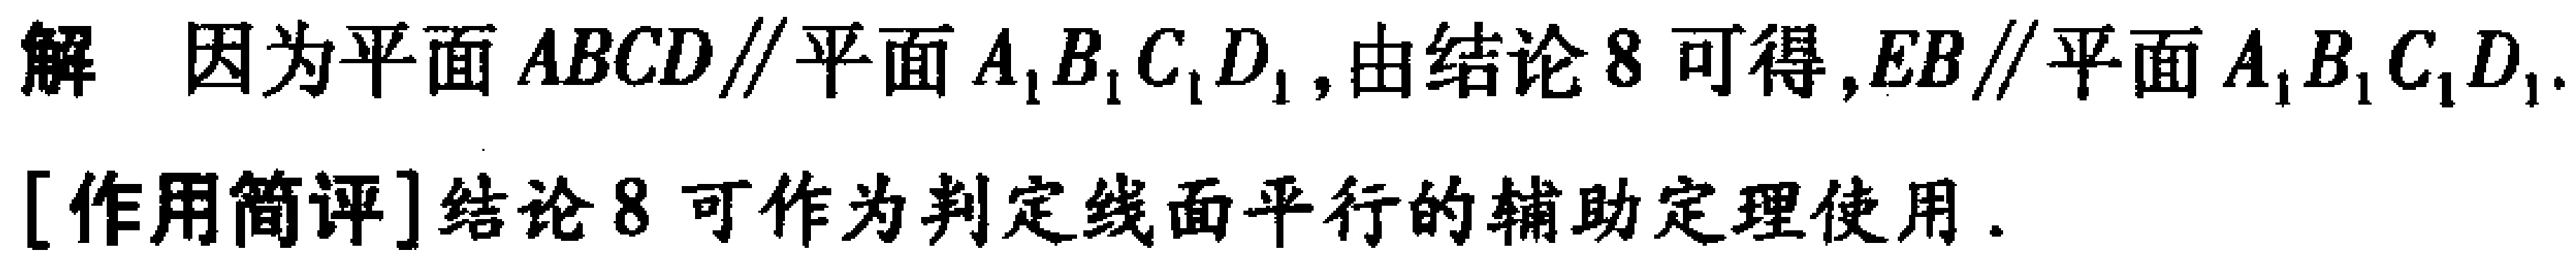
解 因为平面 \(ABCD\parallel\)平面 \(A_{1}B_{1}C_{1}D_{1}\), 由结论8可得, \(EB\parallel\)平面 \(A_{1}B_{1}C_{1}D_{1}\).
[作用简评]结论8可作为判定线面平行的辅助定理使用.